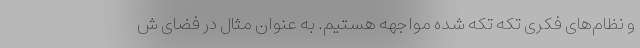
و نظام‌های فکری تکه تکه شده مواجهه هستیم. به عنوان مثال در فضای ش